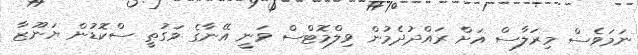
ނަމަވެސް މިރަލާސް އަށް ރައްދުދެމުން ވިލްމޮޓްސް ވަނީ އޭނާގެ ވަގުތީ ސްކޮޑުން ޔަނޫޒާ